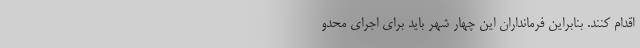
اقدام کنند. بنابراین فرمانداران این چهار شهر باید برای اجرای محدو